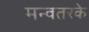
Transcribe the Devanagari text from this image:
मन्वतरके